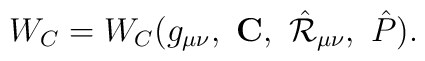
W_C = W_C(g_{\mu\nu},\ \mbox{\bf C},\ \hat{\cal R}_{\mu\nu},\ \hat P).